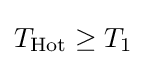
T_{\text{Hot}}\geq T_{1}